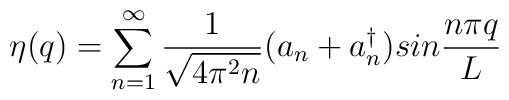
\eta (q) = \sum_{n=1}^{\infty} {1\over\sqrt{4\pi^2 n}}(a_n +a_n^\dagger )   sin{n\pi q\over L}